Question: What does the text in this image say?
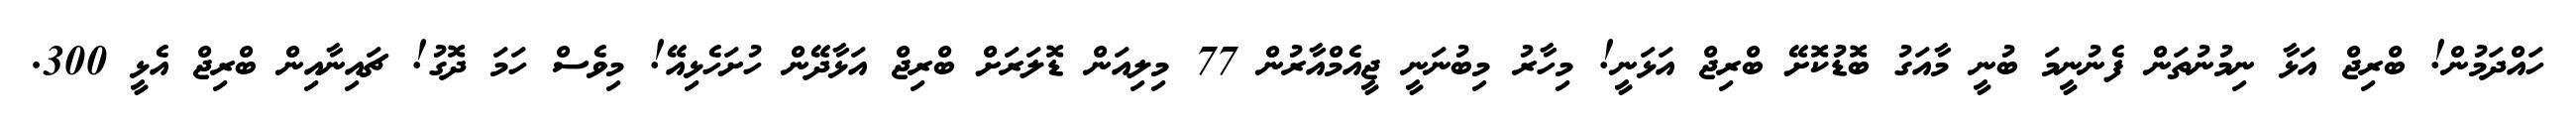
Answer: ހައްދަމުން! ބްރިޖް އަޅާ ނިމުނުތަން ފެނުނީމަ ބުނީ މާއަގު ބޮޑުކޮށޭ ބްރިޖް އަޅަނީ! މިހާރު މިބުނަނީ ޖީއެމްއާރުން 77 މިލިއަން ޑޮލަރަށް ބްރިޖް އަޅާދޭން ހުށަހެޅިއޭ! މިވެސް ހަމަ ދޮގު! ޗައިނާއިން ބްރިޖް އެޅީ 300.